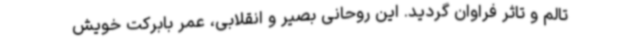
تالم و تاثر فراوان گردید. این روحانی بصیر و انقلابی، عمر بابرکت خویش